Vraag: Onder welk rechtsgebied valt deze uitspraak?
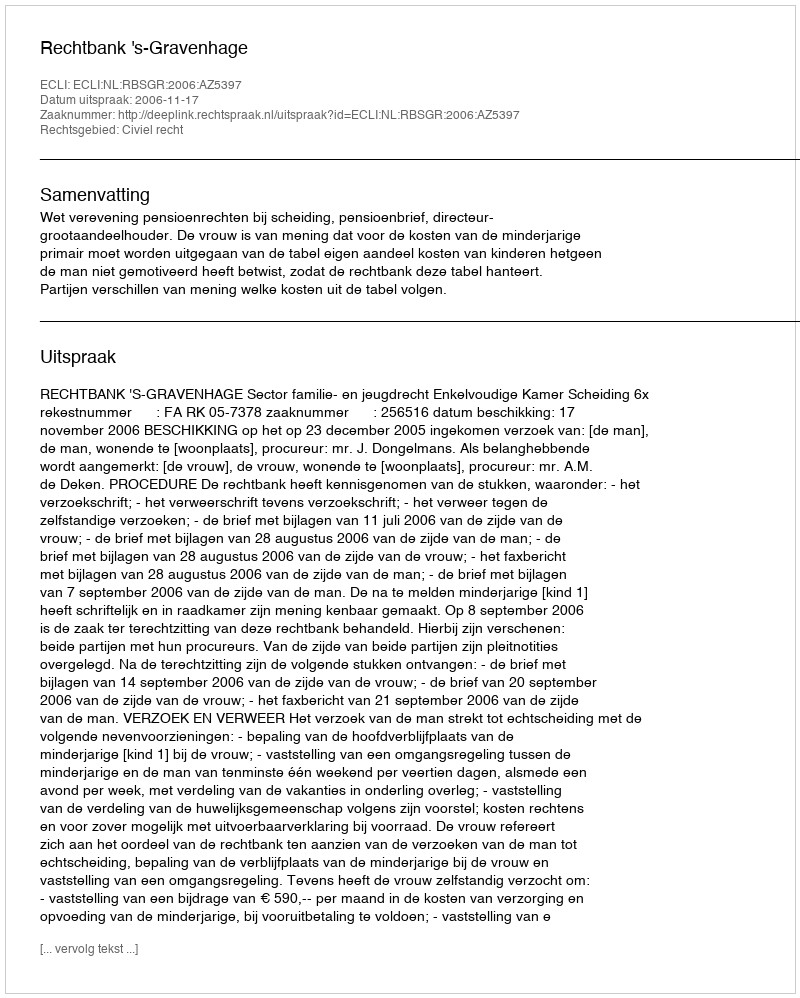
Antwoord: Civiel recht